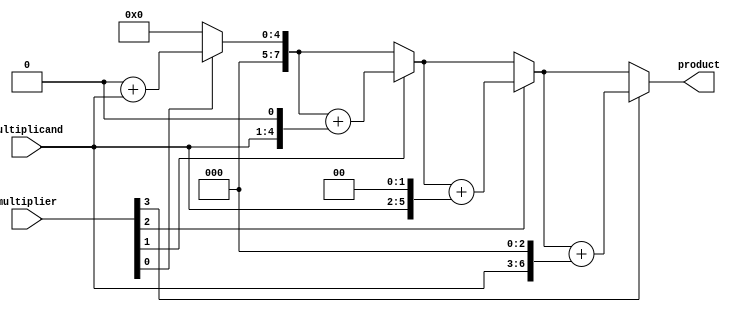
module shift_and_add_multiplier(
    input [3:0] multiplicand,
    input [3:0] multiplier,
    output reg [7:0] product
);

reg [7:0] accumulator;
integer i;

always @(*) begin
    accumulator = multiplicand;
    product = 0;
    for (i = 0; i < 8; i = i + 1) begin
        if (multiplier[i] == 1)
            product = product + accumulator;
        accumulator = accumulator << 1;
    end
end

endmodule